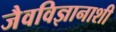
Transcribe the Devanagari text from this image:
जैवविज्ञानाशी